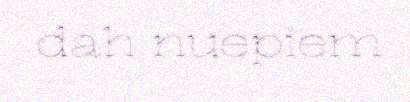
dah nuepiem